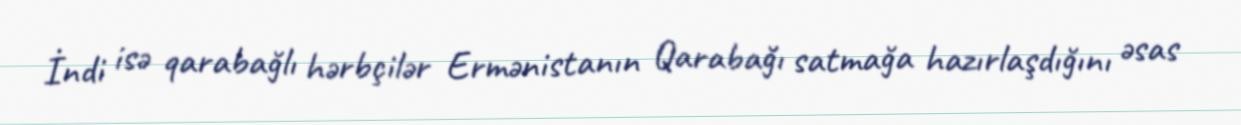
İndi isə qarabağlı hərbçilər Ermənistanın Qarabağı satmağa hazırlaşdığını əsas